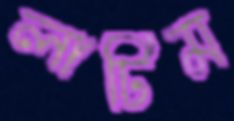
লাটিম